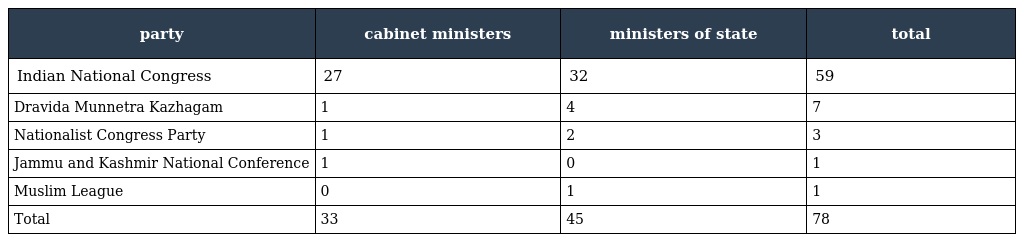
| party | cabinet ministers | ministers of state | total |
 | --- | --- | --- | --- |
 | Indian National Congress | 27 | 32 | 59 |
 | Dravida Munnetra Kazhagam | 1 | 4 | 7 |
 | Nationalist Congress Party | 1 | 2 | 3 |
 | Jammu and Kashmir National Conference | 1 | 0 | 1 |
 | Muslim League | 0 | 1 | 1 |
 | Total | 33 | 45 | 78 |